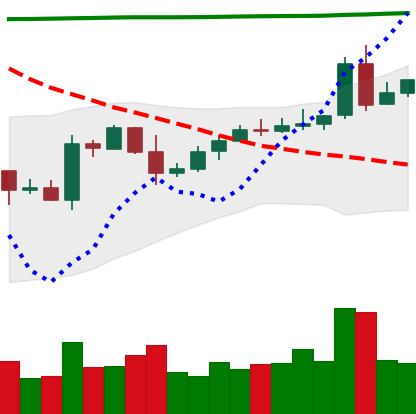
Ticker: EOS-USD
Chart end date: 2020-05-02
Forward return: -6.444%
Label: down_5_7